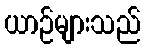
ယာဉ်များသည်